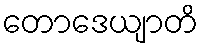
တောဒေယျာတိ